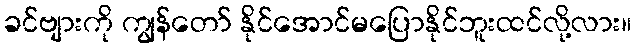
ခင်ဗျားကို ကျွန်တော် နိုင်အောင်မပြောနိုင်ဘူးထင်လို့လား။